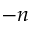
- n